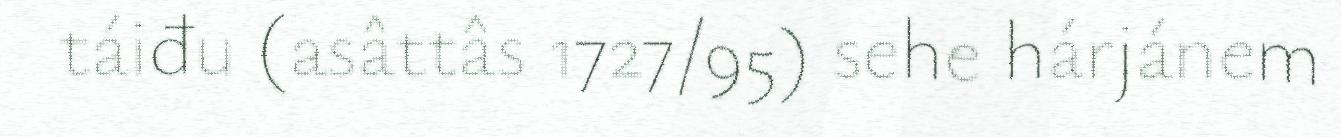
táiđu (asâttâs 1727/95) sehe hárjánem